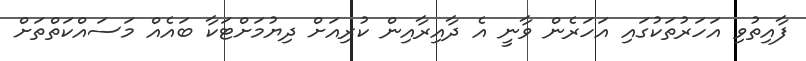
ފާއިތުވި އަހަރުތަކުގައި އަހަރެން ވާނީ އެ ދާއިރާއިން ކުރިއަށް ދިޔުމަށްޓަކާ ބައެއް މަސައްކަތްތަށް